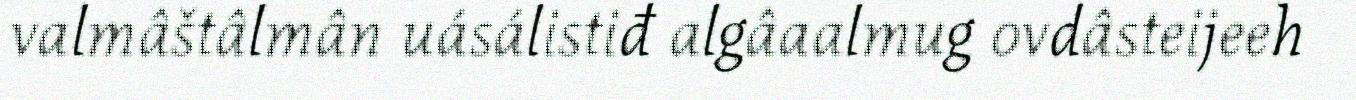
valmâštâlmân uásálistiđ algâaalmug ovdâsteijeeh